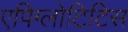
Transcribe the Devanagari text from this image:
एपिग्लोटिटिस